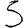
Digit: 5